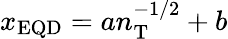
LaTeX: x_{\mathrm{EQD}}=an_{\mathrm{T}}^{-1/2}+b